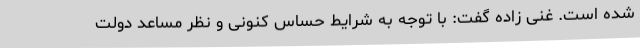
شده است. غنی زاده گفت: با توجه به شرایط حساس کنونی و نظر مساعد دولت